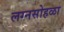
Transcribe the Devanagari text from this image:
लग्नसोहळा